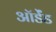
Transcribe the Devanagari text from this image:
ऑर्डेंड